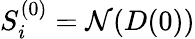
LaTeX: S_{i}^{(0)}=\mathcal{N}(D({{0}}))